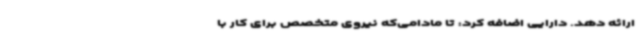
ارائه دهد. دارایی اضافه کرد: تا مادامی‌که نیروی متخصص برای کار با